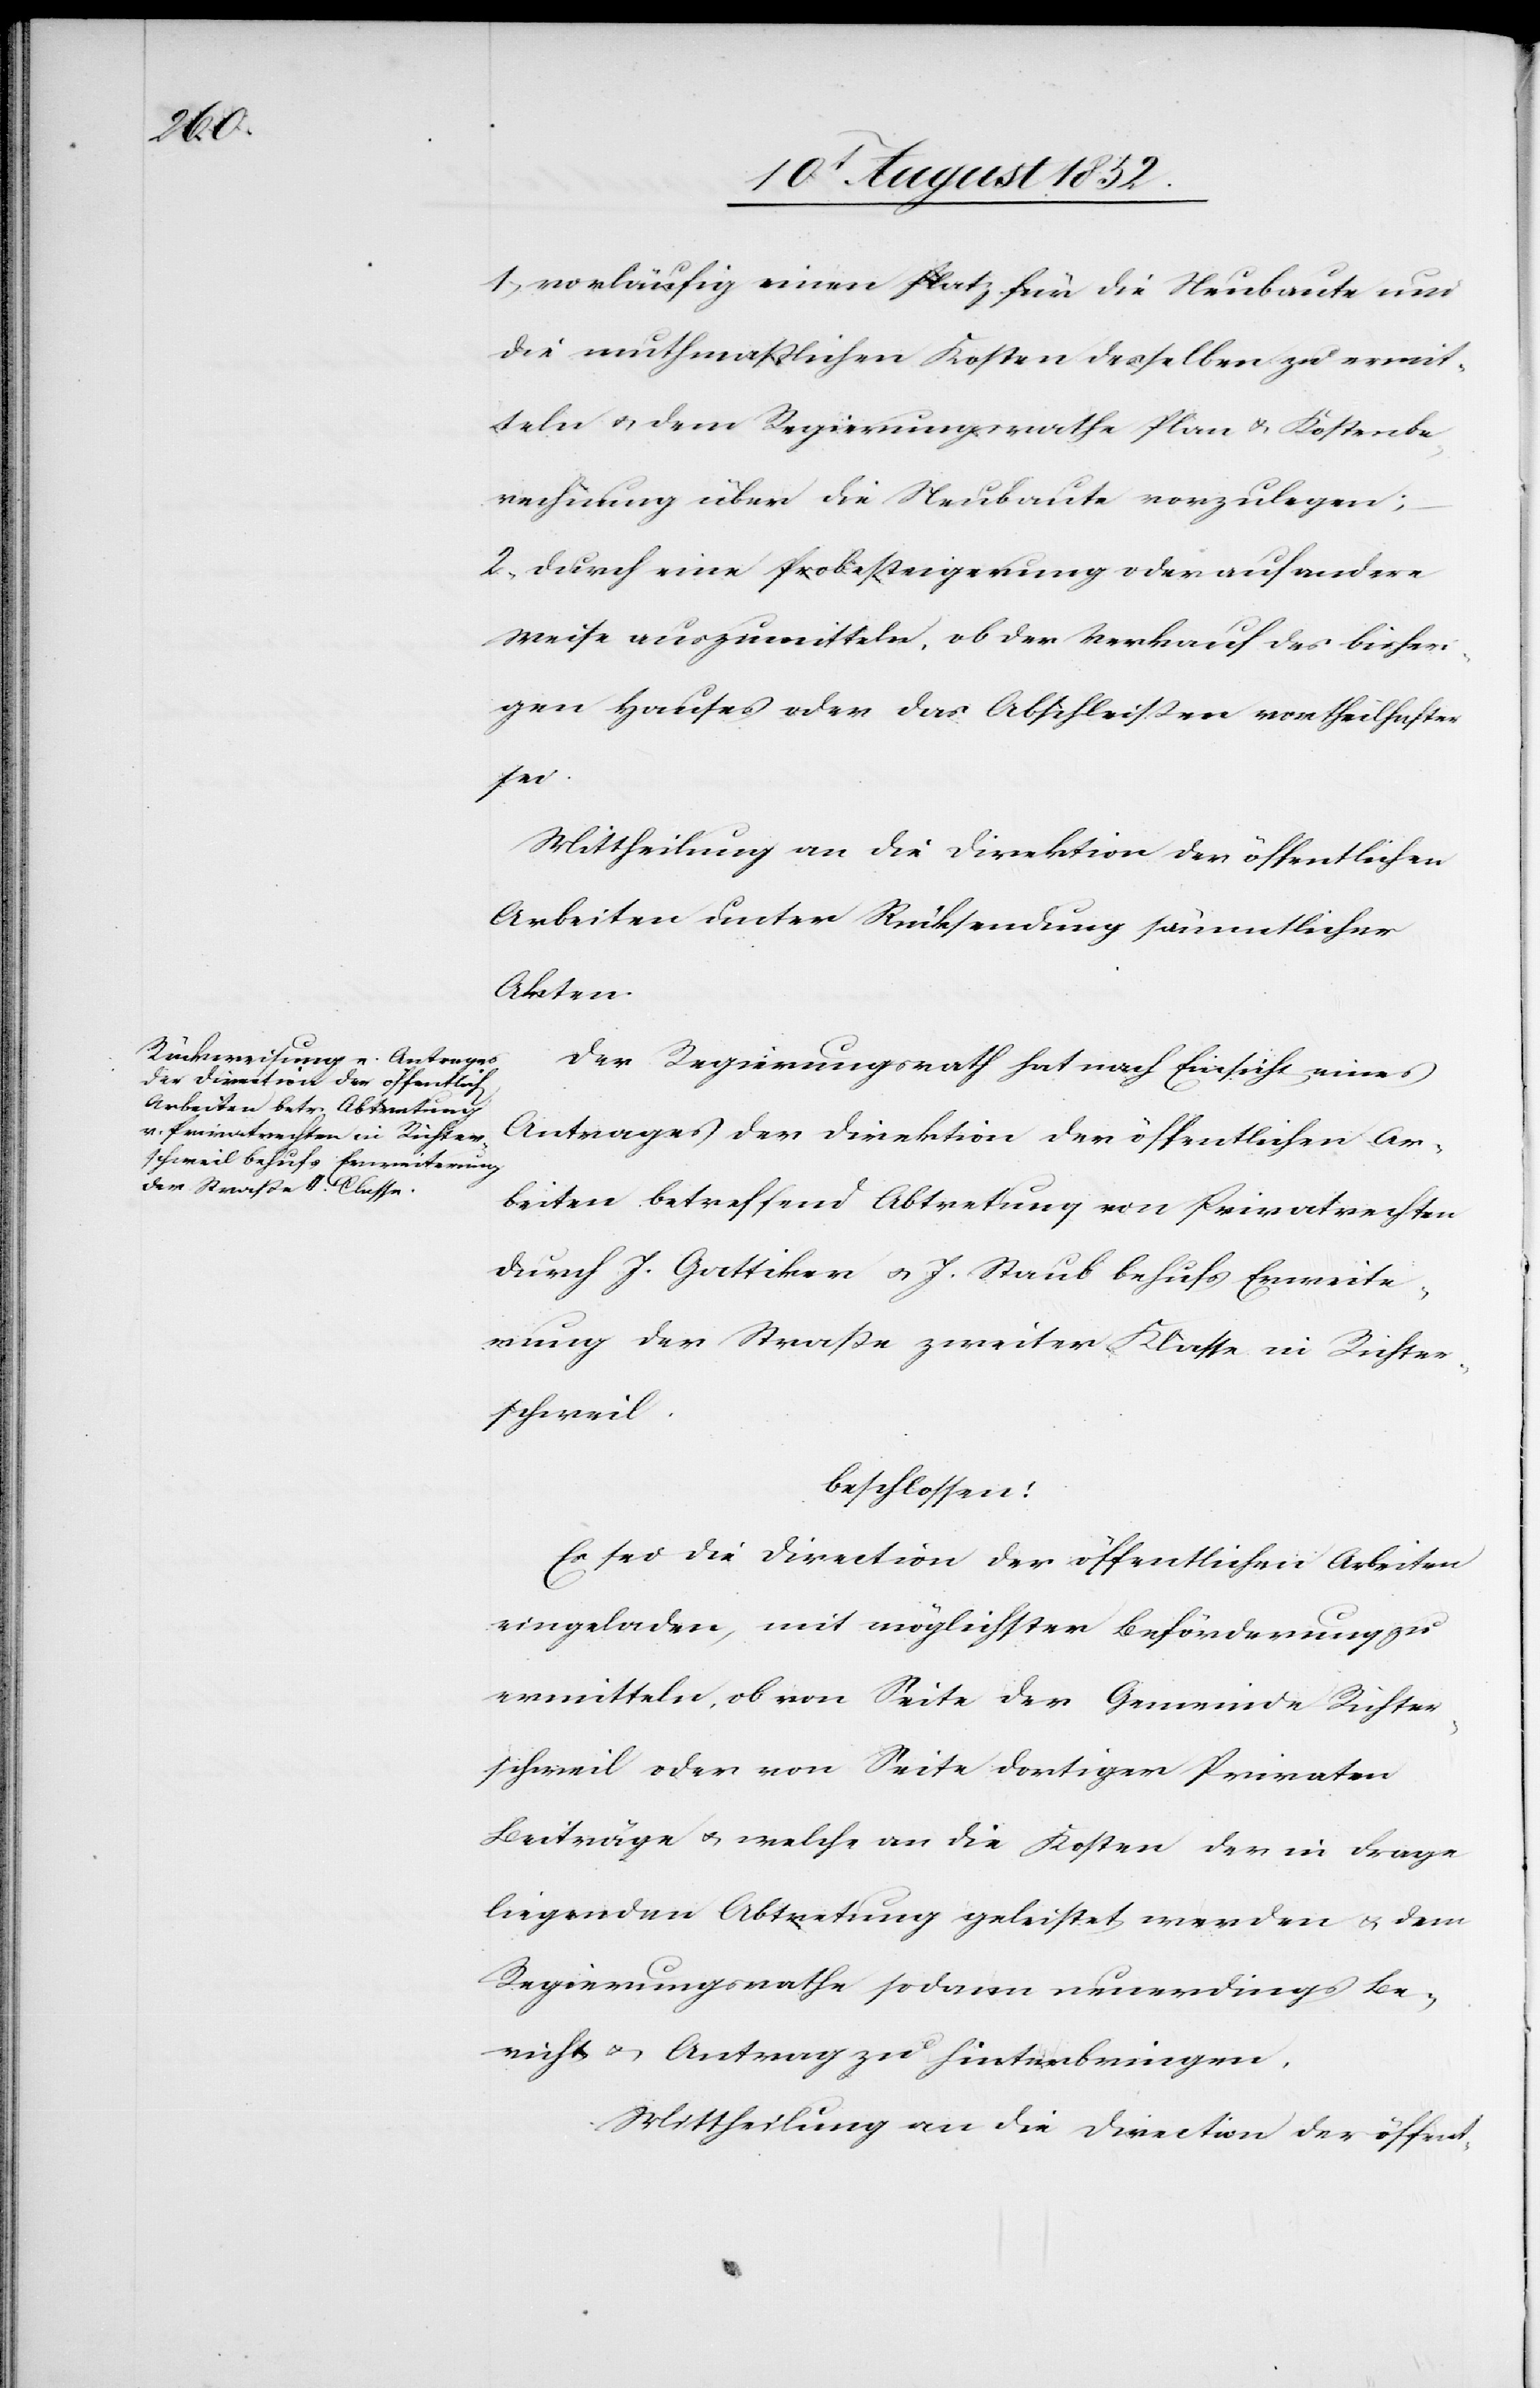
1, vorläufig einen Platz für die Neubaute und
die muthmaßlichen Kosten desselben zu ermit¬
teln & dem Regierungsrathe Plan & Kostenbe¬
rechnung über die Neubaute vorzulegen;
2, durch eine Probesteigerung oder auf andere
Weise auszumitteln, ob der Verkauf des bisher¬
igen Hauses oder das Abschleißen vortheilhafter
sei.
Mittheilung an die Direktion der öffentlichen
Arbeiten unter Rücksendung sämmtlicher
Akten.
Der Regierungsrath hat nach Einsicht eines
Antrages der Direktion der öffentlichen Ar¬
beiten betreffend Abtretung von Privatrechten
durch J. Gattiker & J. Staub behufs Erweite¬
rung der Straße zweiter Klasse in Richter¬
schweil.
beschlossen:
Es sei die Direction der öffentlichen Arbeiten
eingeladen, mit möglichster Beförderung zu
ermitteln, ob von Seite der Gemeinde Richter¬
schweil oder von Seite dortiger Privaten
Beiträge & welche an die Kosten der in Frage
liegenden Abtretung geleistet werden & dem
Regierungsrathe sodann neuerdings Be¬
richt & Antrag zu hinterbringen.
Mittheilung an die Direction der öffent-